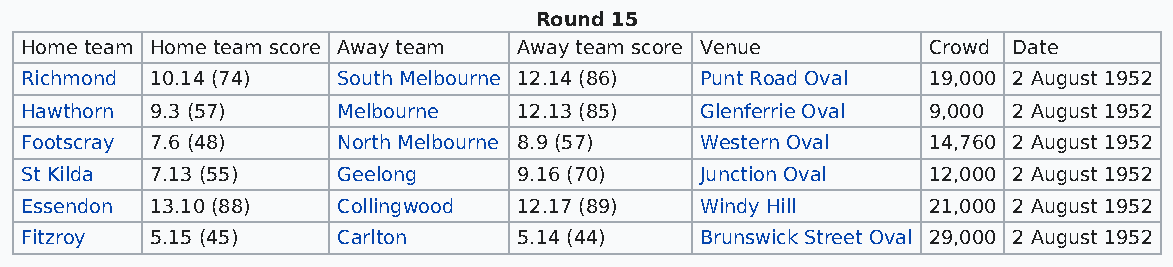
Round 15
 Home team Home team score Away team Away team score Venue   Crowd Date
 Richmond 10.14 (74)  South Melbourne 12.14 (86) Punt Road Oval 19,000 2 August 1952
 Hawthorn 9.3 (57)    Melbourne   12.13 (85)  Glenferrie Oval 9,000 2 August 1952
 Footscray 7.6 (48)   North Melbourne 8.9 (57) Western Oval  14,760 2 August 1952
 St Kilda 7.13 (55)   Geelong     9.16 (70)   Junction Oval  12,000 2 August 1952
 Essendon 13.10 (88)  Collingwood 12.17 (89)  Windy Hill     21,000 2 August 1952
 Fitzroy  5.15 (45)   Carlton     5.14 (44)   Brunswick Street Oval 29,000 2 August 1952